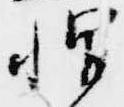
帽